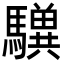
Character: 𩦸